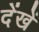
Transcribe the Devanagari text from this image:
देंखें